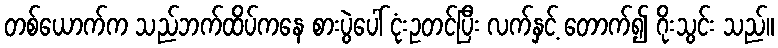
တစ်ယောက်က သည်ဘက်ထိပ်ကနေ စားပွဲပေါ် ငုံးဥတင်ပြီး လက်နှင့် တောက်၍ ဂိုးသွင်း သည်။